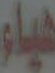
هياء